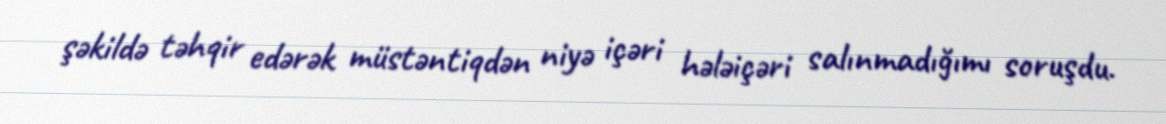
şəkildə təhqir edərək müstəntiqdən niyə içəri hələiçəri salınmadığımı soruşdu.